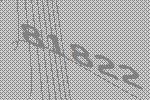
81822